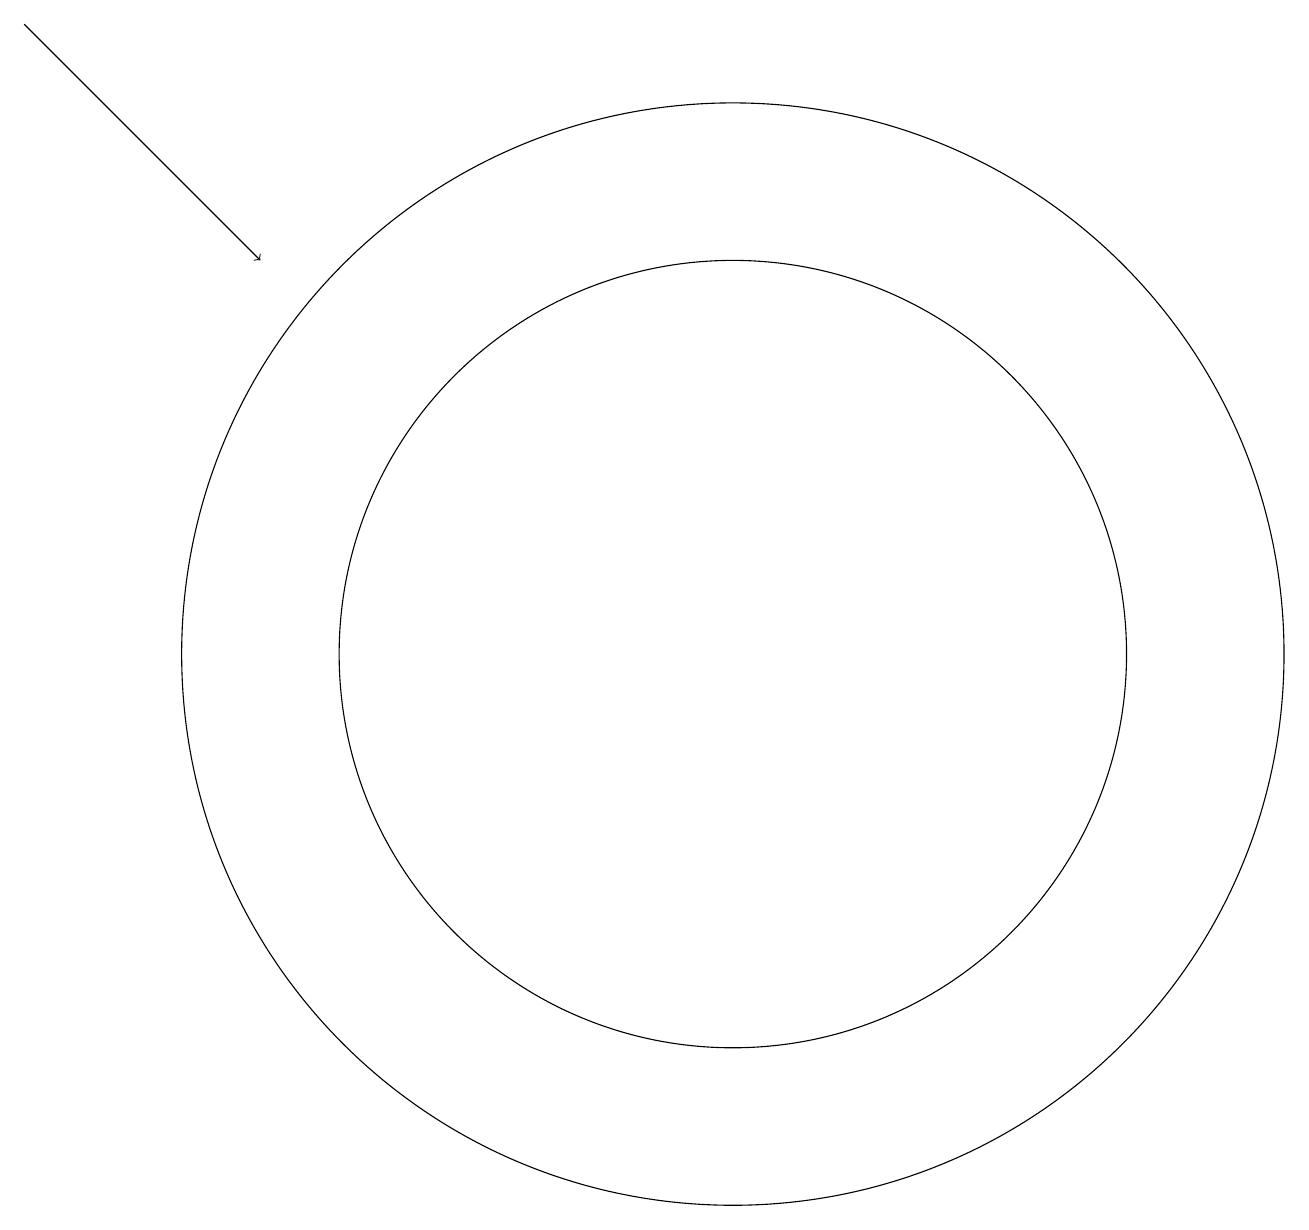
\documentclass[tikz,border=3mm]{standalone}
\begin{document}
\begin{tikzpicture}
\draw (11,11) circle (5);
\draw[->] (2,19) -- (5,16);
\draw (11,11) circle (0);
\draw (11,11) circle (7);
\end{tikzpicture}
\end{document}